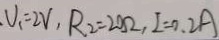
V _ { 1 } = 2 V , R _ { 2 } = 2 0 \Omega , I = 0 . 2 A